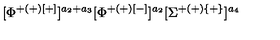
[ \Phi ^ { + ( + ) [ + ] } ] ^ { a _ { 2 } + a _ { 3 } } [ \Phi ^ { + ( + ) [ - ] } ] ^ { a _ { 2 } } [ \Sigma ^ { + ( + ) \{ + \} } ] ^ { a _ { 4 } }